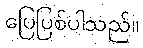
ပြေပြစ်ပါသည်။